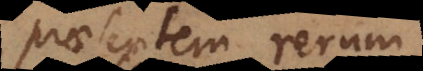
praesentem rerum